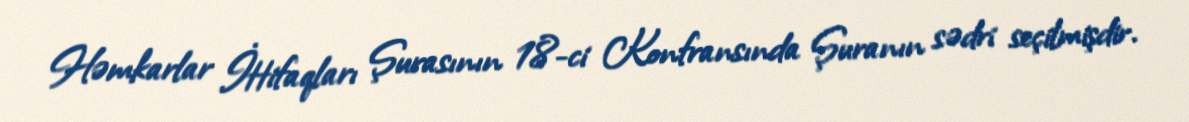
Həmkarlar İttifaqları Şurasının 18-ci Konfransında Şuranın sədri seçilmişdir.